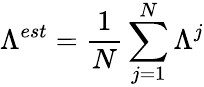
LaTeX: \Lambda^{est}=\frac{1}{N}\sum_{j=1}^{N}\Lambda^{j}